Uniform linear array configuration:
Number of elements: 8
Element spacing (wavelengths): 0.5
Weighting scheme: exponential
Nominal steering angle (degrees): -45
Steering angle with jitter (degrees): -44.072
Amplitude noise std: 0.05
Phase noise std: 0.05

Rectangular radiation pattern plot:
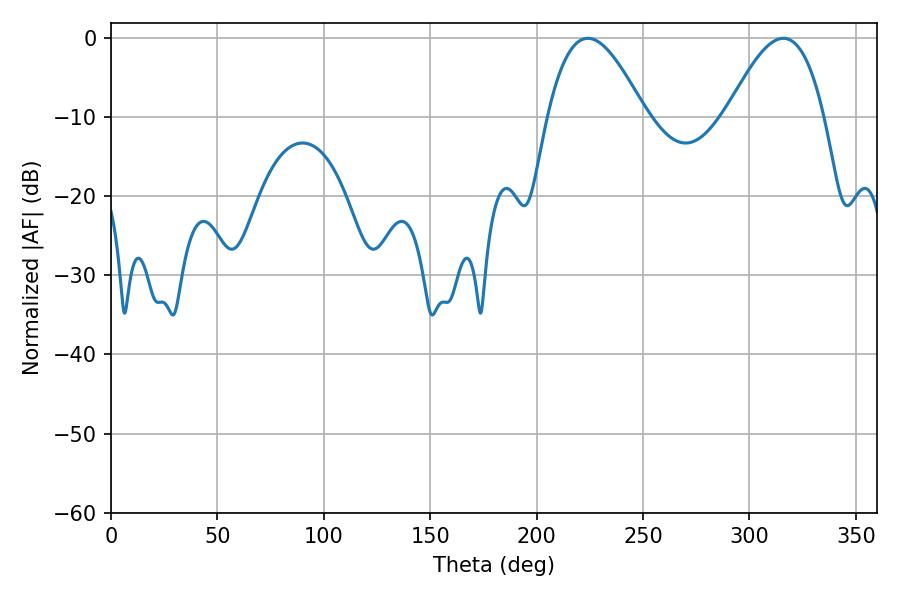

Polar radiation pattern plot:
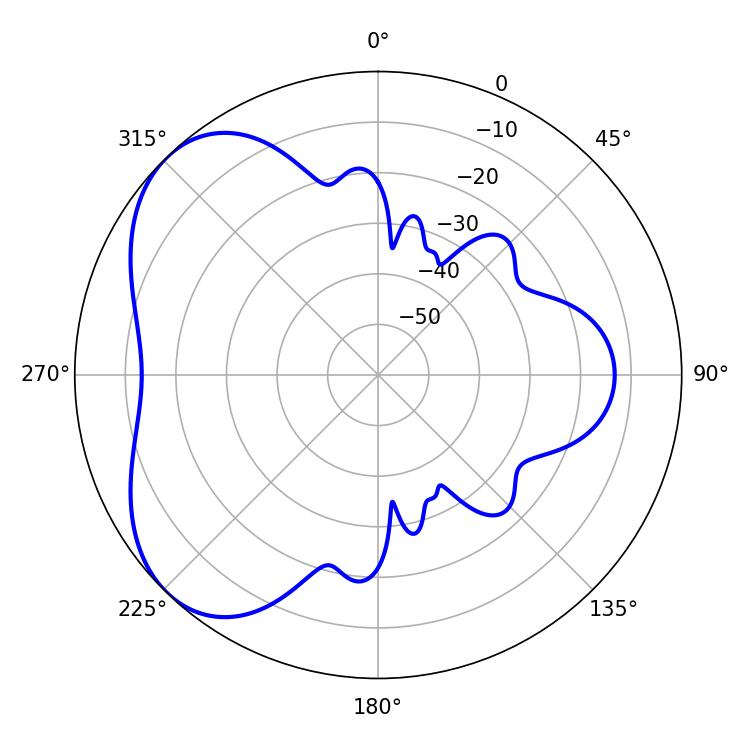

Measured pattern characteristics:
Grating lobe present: FALSE
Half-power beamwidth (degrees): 24.84
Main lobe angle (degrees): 224.1